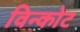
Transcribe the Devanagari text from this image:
विन्कोट